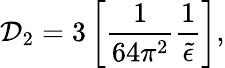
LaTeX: \mathcal{D}_{2}=3\left[\frac{{1}}{{64\pi^{2}}}\frac{{1}}{{\widetilde{\epsilon}}}\right],